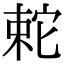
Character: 𡩆